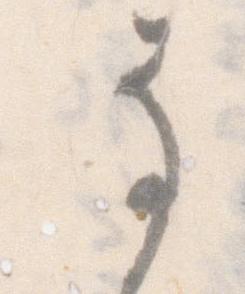
事